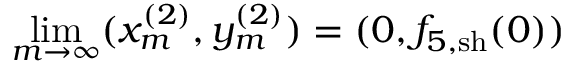
\operatorname* { l i m } _ { m \rightarrow \infty } ( x _ { m } ^ { ( 2 ) } , y _ { m } ^ { ( 2 ) } ) = ( 0 , f _ { 5 , \mathrm { s h } } ( 0 ) )